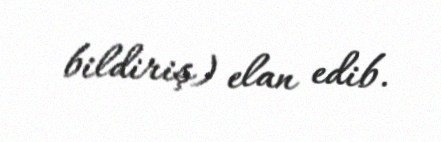
bildiriş) elan edib.